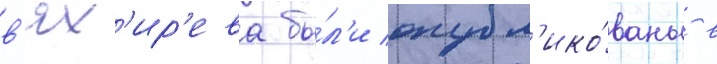
в'ях'ир'ева бы́л'и опубл'ико́ваны в